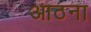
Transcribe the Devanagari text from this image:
आठना